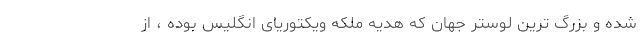
شده و بزرگ ترین لوستر جهان که هدیه ملکه ویکتوریای انگلیس بوده ، از